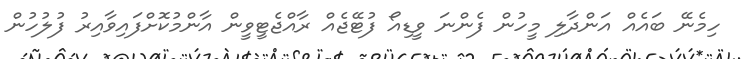
ހިމެނޭ ބައެއް އަންދާލި މީހުން ފެންނަ ވީޑިއޯ ފުޓޭޖެއް ރާއްޖެޓީވީން އާންމުކޮށްފައިވާއިރު ފުލުހުން